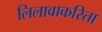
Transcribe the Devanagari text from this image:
लिलावाकरिता